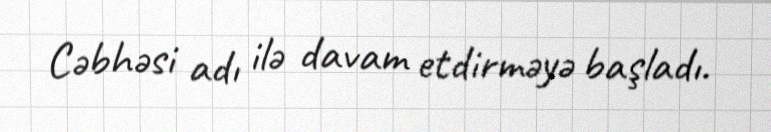
Cəbhəsi adı ilə davam etdirməyə başladı.